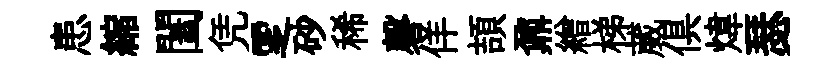
患縮闔凭覂砂稀磬佯頡鼐繒梯葳俱煒瑟